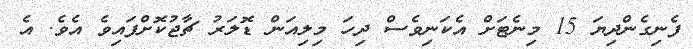
ފެނިގެންދިޔަ 15 މިނެޓަށް އެކަނިވެސް ދިހަ މިލިއަން ޑޮލަރު ޗާޖުކޮށްފައިވެ އެވެ. އެ